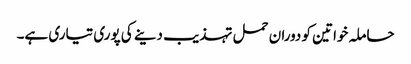
حاملہ خواتین کو دوران حمل تہذیب دینے کی پوری تیاری ہے۔